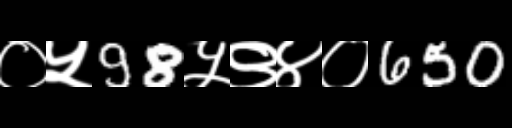
Text: ०५98५९४०650